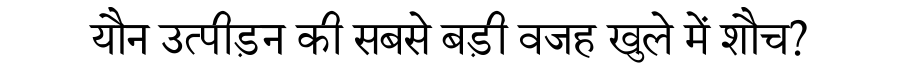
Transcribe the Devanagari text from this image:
यौन उत्पीड़न की सबसे बड़ी वजह खुले में शौच?